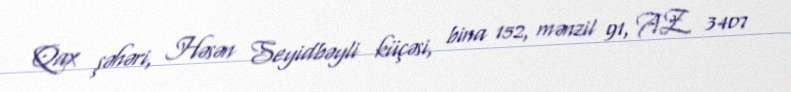
Qax şəhəri, Həsən Seyidbəyli küçəsi, bina 152, mənzil 91, AZ 3407